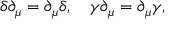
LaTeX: \delta \partial _ { \mu } = \partial _ { \mu } \delta , \quad \gamma \partial _ { \mu } = \partial _ { \mu } \gamma ,